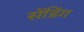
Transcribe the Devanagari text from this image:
सेंडिंग